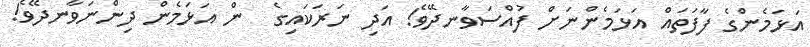
އަޅަމެންގެ ފާފަތައް އަޅަމެންނަށް ފުއްސަވާނދޭވެ! އަދި ނަރަކައިގެ  ން އަޅަމެން ދިންނަވާނދޭވެ!